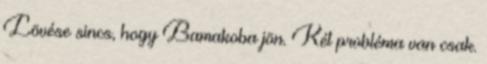
Lövése sincs, hogy Bamakoba jön. Két probléma van csak.